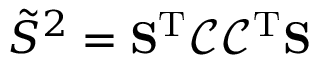
\tilde { S } ^ { 2 } = \mathbf { S } ^ { \mathrm { T } } \mathcal { C } \mathcal { C } ^ { \mathrm { T } } \mathbf { S }